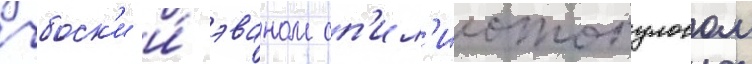
чбоск'и и́ эваном сп'ил'иотопулосом